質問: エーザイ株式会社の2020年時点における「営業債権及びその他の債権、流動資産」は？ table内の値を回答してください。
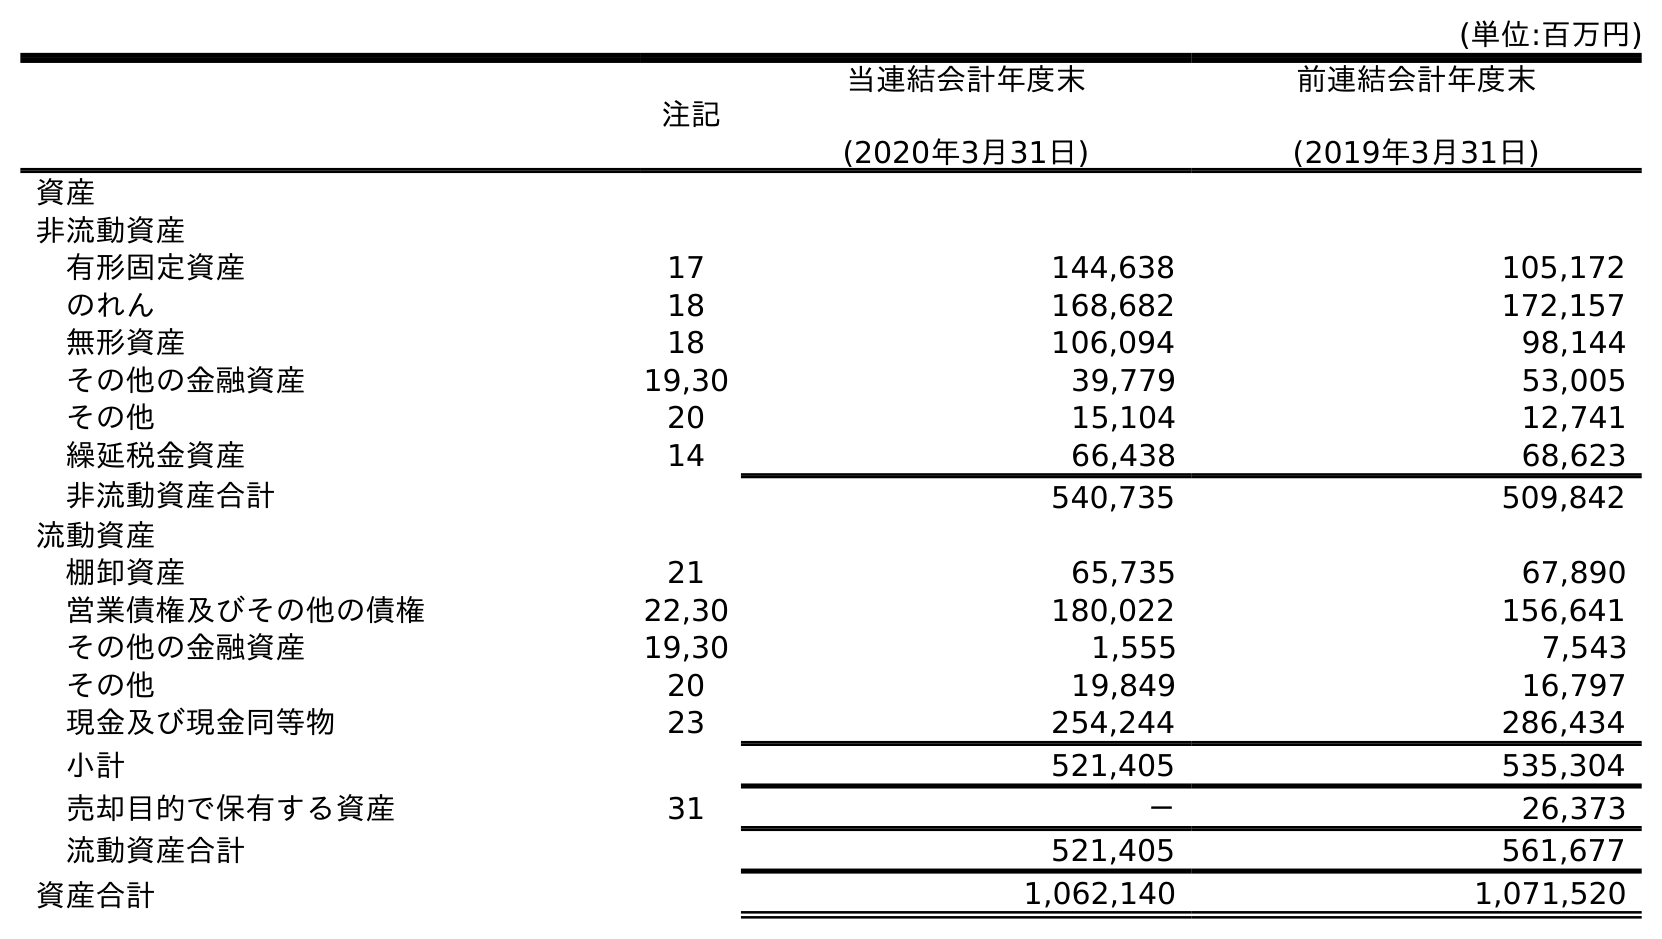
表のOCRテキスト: (単位:百万円) 注記 当連結会計年度末 (2020年3月31日) 前連結会計年度末 (2019年3月31日) 資産 非流動資産 有形固定資産 17 144,638 105,172 のれん 18 168,682 172,157 無形資産 18 106,094 98,144 その他の金融資産 19,30 39,779 53,005 その他 20 15,104 12,741 繰延税金資産 14 66,438 68,623 非流動資産合計 540,735 509,842 流動資産 棚卸資産 21 65,735 67,890 営業債権及びその他の債権 22,30 180,022 156,641 その他の金融資産 19,30 1,555 7,543 その他 20 19,849 16,797 現金及び現金同等物 23 254,244 286,434 小計 521,405 535,304 売却目的で保有する資産 31 － 26,373 流動資産合計 521,405 561,677 資産合計 1,062,140 1,071,520
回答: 180,022